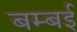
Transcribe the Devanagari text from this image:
बम्‍बई